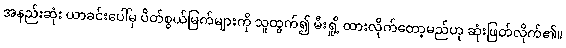
အနည်းဆုံး ယာခင်းပေါ်မှ ပိတ်စွယ်မြက်များကို သူထွက်၍ မီးရှို့ ထားလိုက်တော့မည်ဟု ဆုံးဖြတ်လိုက်၏။